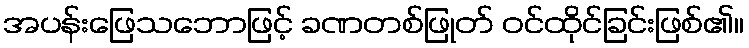
အပန်းဖြေသဘောဖြင့် ခဏတစ်ဖြုတ် ဝင်ထိုင်ခြင်းဖြစ်၏။